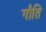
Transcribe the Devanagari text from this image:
गौति